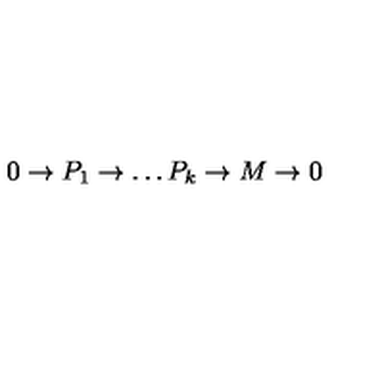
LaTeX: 0 \to P _ { 1 } \to \dots P _ { k } \to M \to 0